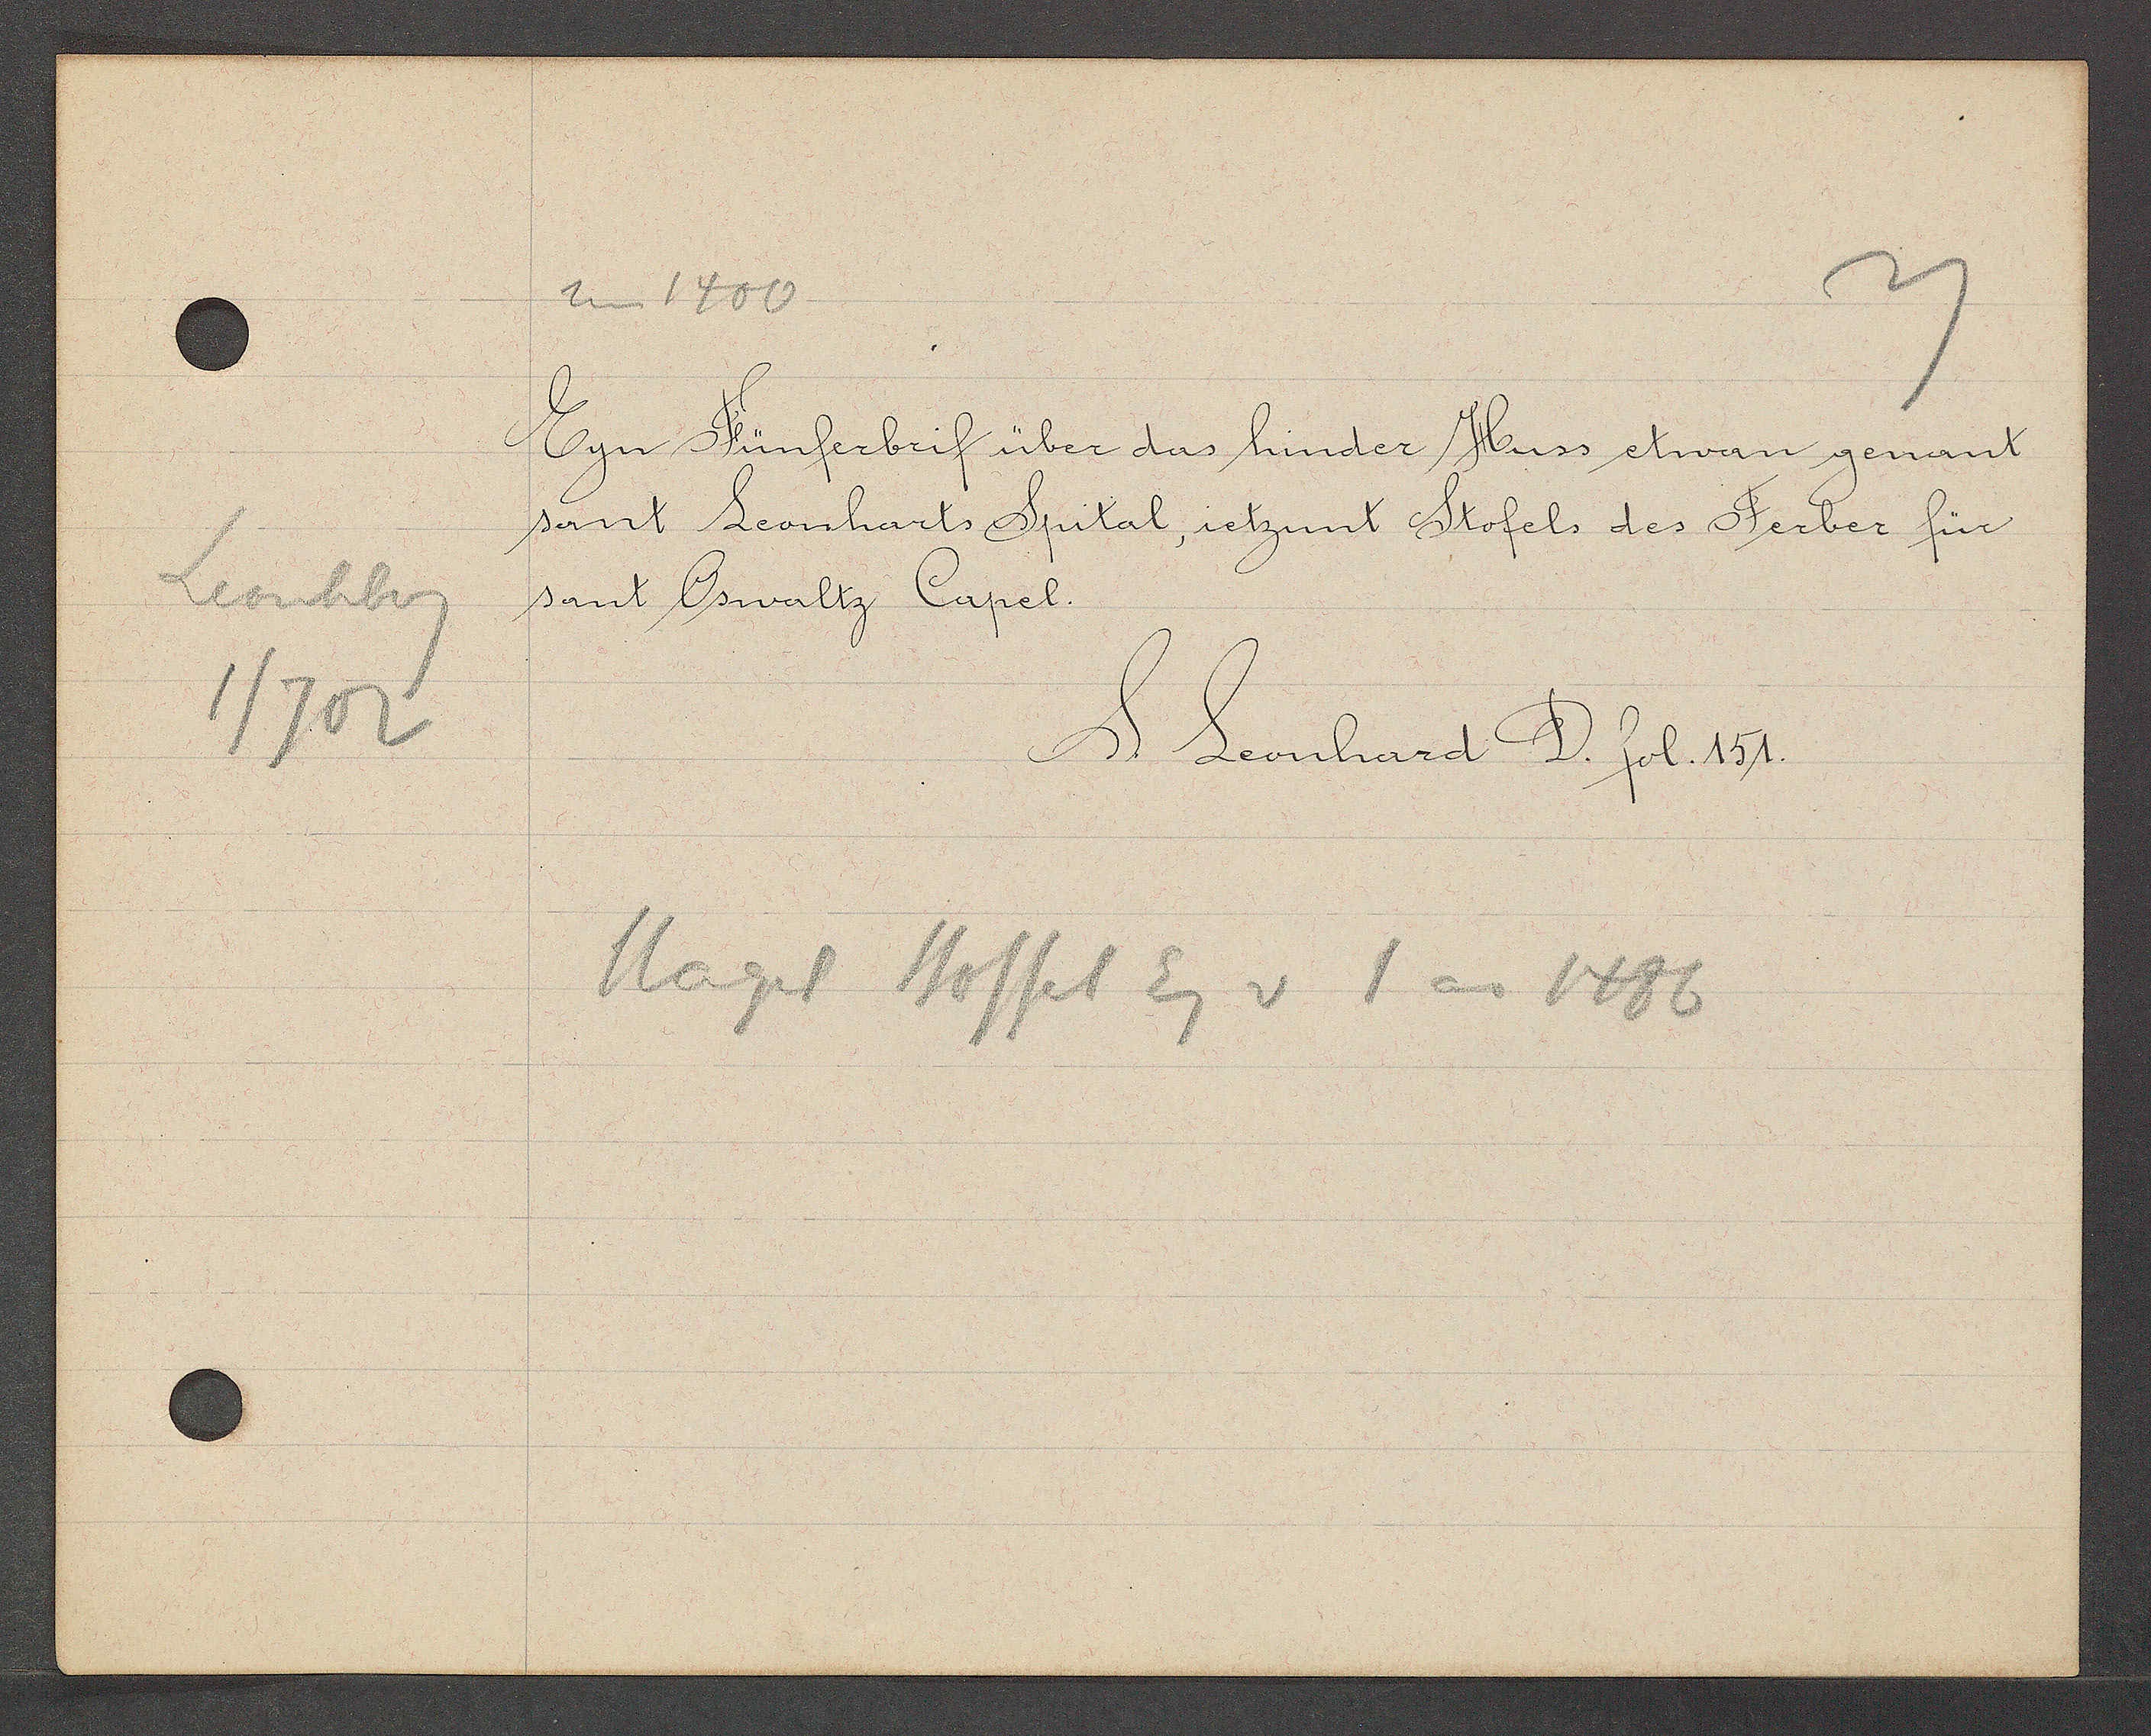
Transcript:
Leonhberg
1/702

um 1400

Eyn Fünferbrif über das hinder Huss etwan genant
sant Leonharts Spital, ietzunt Stofels des Ferber für
sant Oswaltz Capel.

S. Leonhard D. fol. 151.

Magel Stoffel Eg v 1 ao 1486